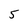
Character: 5